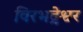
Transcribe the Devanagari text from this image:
विरभद्रेश्वर